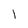
Character: l